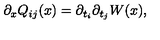
\partial _ { x } Q _ { i j } ( x ) = \partial _ { t _ { i } } \partial _ { t _ { j } } W ( x ) ,